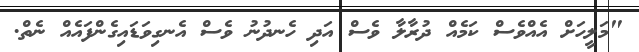
"މަލީހަށް އެއްވެސް ކަމެއް ދުރާލާ ވެސް އަދި ހެނދުނު ވެސް އެނގިވަޑައިގެންފައެއް ނެތް.